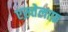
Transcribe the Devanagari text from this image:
एख़्तेलाफ़